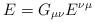
\begin{align*}E = G_{\mu \nu} E^{\nu \mu}\end{align*}